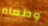
وطعام